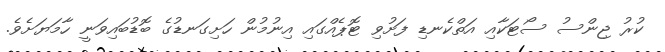
ކުރު ޖިންސު ސޯޓަކާއި އަތްކެނޑި ފަށުވި ޓޮޕެއްގައި އިނުމުން ހަށިގަނޑުގެ ބޮޑުބައިވަނީ ހާމަޔަށެވެ.